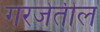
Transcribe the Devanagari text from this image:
गरजेतील